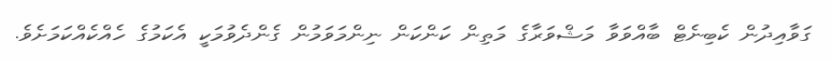
ގަވާއިދުން ކެބިނެޓް ބާއްވަވާ މަޝްވަރާގެ މަތިން ކަންކަން ނިންމަވަމުން ގެންދެވުމަކީ އެކަމުގެ ހެއްކެއްކަމަށެވެ.